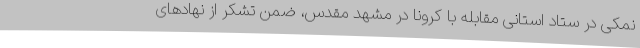
نمکی در ستاد استانی مقابله با کرونا در مشهد مقدس، ضمن تشکر از نهادهای